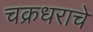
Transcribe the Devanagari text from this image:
चक्रधराचे